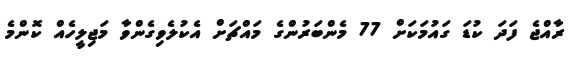
ރާއްޖެ ފަދަ ކުޑަ ގައުމަކަށް 77 މެންބަރުންގެ މައްޗަށް އެކުލެވިގެންވާ މަޖިލީހެއް ކޮންމެ